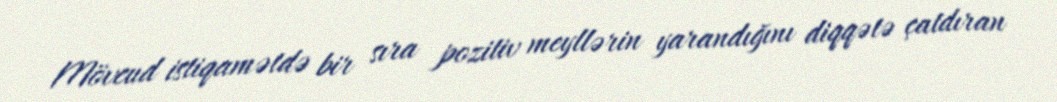
Mövcud istiqamətdə bir sıra pozitiv meyllərin yarandığını diqqətə çatdıran